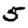
Digit: 5